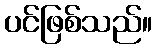
ပင်ဖြစ်သည်။